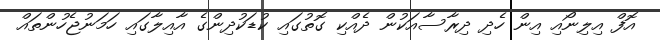
އޮފް އިލިނޯއި އިން ހެދި ދިރާސާއަކުން ދެއްކި ގޮތުގައި ކުޑަކުދިންގެ އާއިލާގައި ހަމަނުޖެހުންތައް